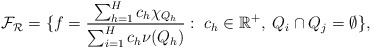
\begin{align*}\mathcal{F}_{\mathcal{R}}&= \{f=\frac{\sum_{h=1}^{H}c_h\chi_{Q_h}}{\sum_{i=1}^{H}c_h\nu(Q_h)}:\; c_h \in \mathbb{R}^+, \; Q_i \cap Q_j=\emptyset\},\end{align*}